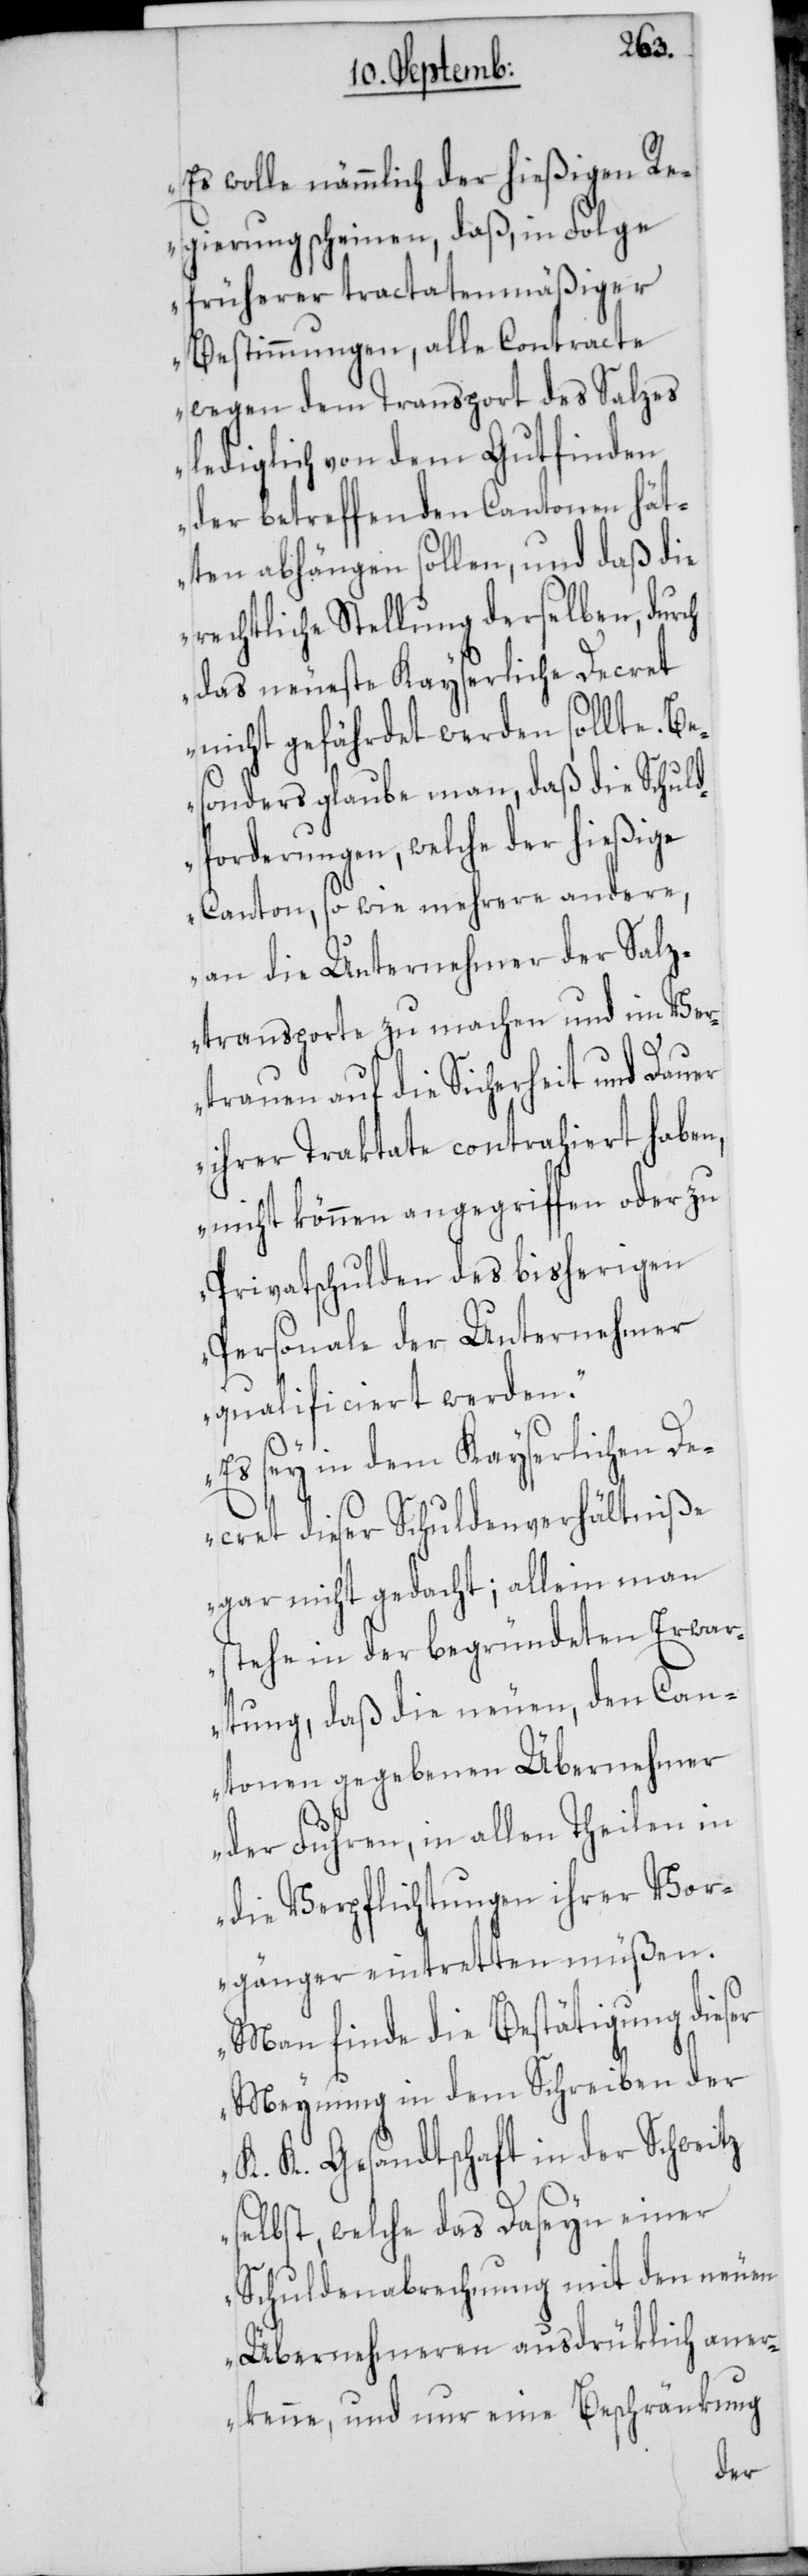
Es wolle nämmlich der hießigen R¬
egierung scheinen, daß, in Folge
früherer tractatenmäßiger
Bestimmungen, alle Contracte
wegen dem Transport des Salzes
lediglich von dem Gutfinden
der betreffenden Cantonen hät¬
te abhängen sollen, und daß die
rechtliche Stellung derselben, durch
das neueste kayserliche Decret
nicht gefährdet werden sollte. Be¬
sonders glaube man, daß die Schuld¬
forderungen, welche der hießige
Canton, so wie mehrere andere,
an die Unternehmer der Salz¬
transporte zu machen und im Ver¬
trauen auf die Sicherheit und Dauer
ihrer Tractate contrahiert haben,
nicht können angegriffen oder zu
Privatschulden des bisherigen
Personale der Unternehmer
qualificiert werden.
Es sey in dem Kayserlichen De¬
cret dieser Schuldenverhältniße
gar nicht gedacht; allein man
stehe in der begründeten Erwar¬
tung, daß die neuen, den Can¬
tonen gegebenen Übernehmer
der Fuhren, in allen Theilen in
die Verpflichtungen ihrer Vor¬
gänger eintretten müßen.
Man finde die Bestätigung dieser
Meynung in dem Schreiben der
K. K. Gesandtschaft in der Schweitz
selbst, welche das Daseyn einer
Schuldenabrechnung mit den neuen
Übernehmeren ausdrüklich aner¬
kenne, und nur eine Beschränkung